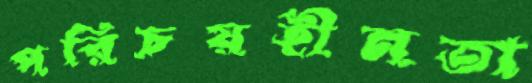
পরিচয়হীনতা